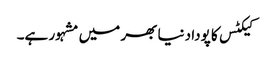
کیکٹس کا پودا دنیا بھر میں مشہور ہے۔